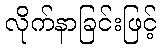
လိုက်နာခြင်းဖြင့်